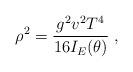
LaTeX: \begin{align*}\rho^2 = \frac{g^2 v^2T^4}{16 I_E(\theta)}\;,\end{align*}